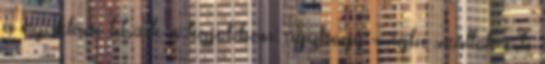
a nyaklánc tetszik a legjobban: úgyhogy ringbe szállok érte